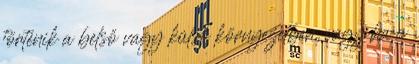
történik a belső vagy külső környezetben, vagy ha a